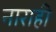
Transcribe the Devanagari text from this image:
नाराही